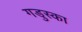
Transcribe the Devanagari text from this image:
गडुस्का